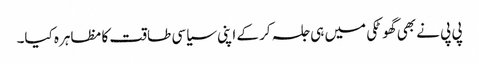
پی پی نے بھی گھوٹکی میں ہی جلسہ کر کے اپنی سیاسی طاقت کا مظاہرہ کیا۔